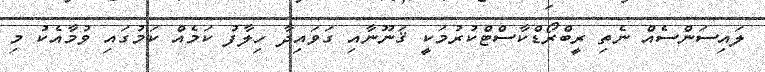
ލައިސަންސެއް ނެތި ރީބްރޯޑްކާސްޓްކުރުމަކީ ޤަނޫނާއި ގަވައިދާ ހިލާފު ކަމެއް ކަމުގައި ވުމާއެކު މި